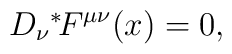
D_\nu \mbox{\mbox{}$^*\!$} F^{\mu\nu}(x) = 0,